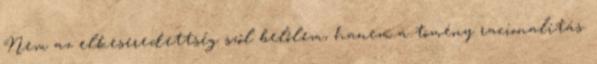
Nem az elkeseredettség szól belőlem, hanem a tömény racionalitás.